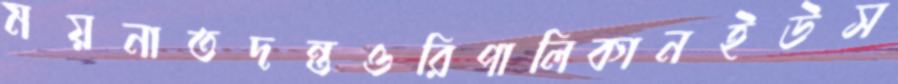
ময়নাতদন্তওরিপালিকানইউস